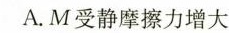
A.M受静摩擦力增大